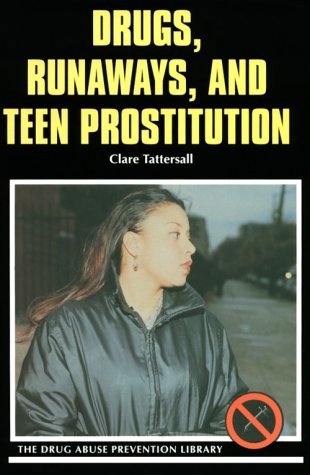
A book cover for Drugs, Runaways, and Teen Prostitution (Drug Abuse Prevention Library); Clare Tattersall; Teen & Young Adult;